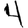
Digit: 4